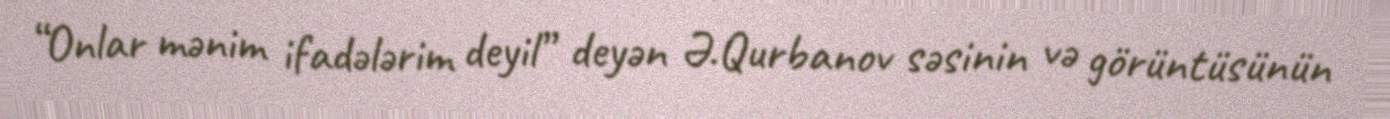
“Onlar mənim ifadələrim deyil” deyən Ə.Qurbanov səsinin və görüntüsünün